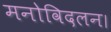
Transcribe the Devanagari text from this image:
मनोविदलन।